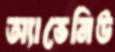
অ্যাভেনিউ